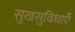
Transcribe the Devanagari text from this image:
सुखसुविधाएँ